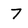
Character: 7